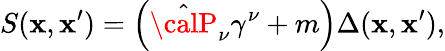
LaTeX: S(\mathbf{x},\mathbf{x}^{\prime})=\left(\hat{{{\calP}}}_{\nu}\gamma^{\nu}+m\right)\Delta(\mathbf{x},\mathbf{x}^{\prime}),